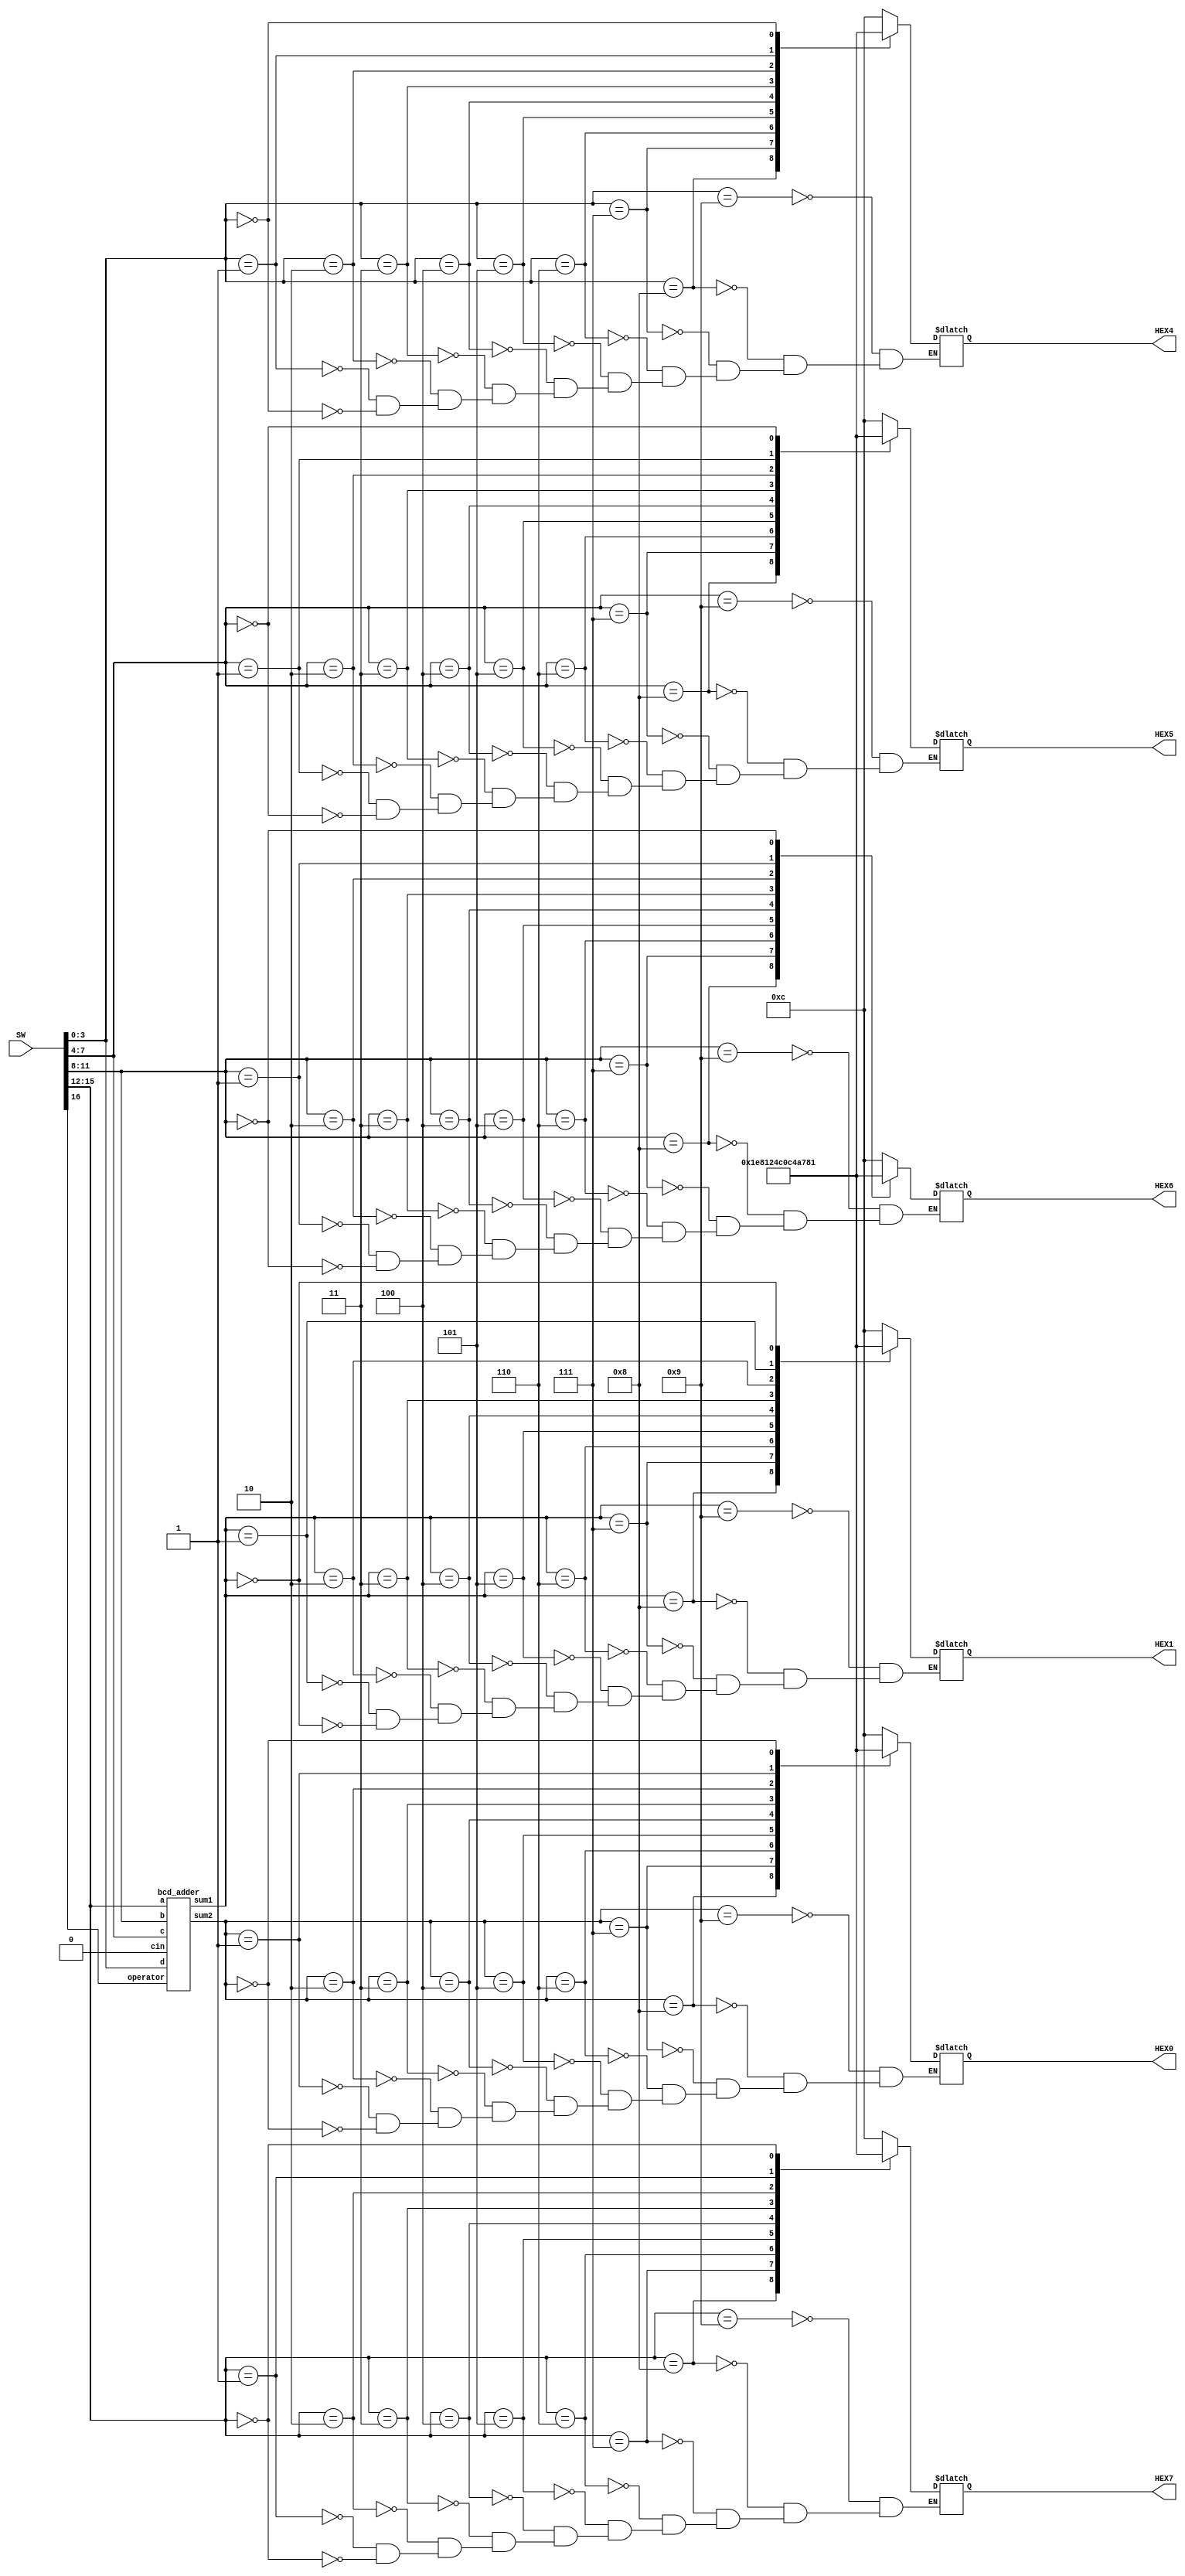
module midterm( input [16:0] SW, output reg [0:6] HEX0,HEX1,HEX4,HEX5,HEX6,HEX7 );
reg [3:0] bit3, bit4, bit5, bit6;
reg operator;
wire [3:0] bit1, bit2;
reg car_0, car_1, car_2;
parameter Seg9 = 7'b000_1100; parameter Seg8 = 7'b000_0000; parameter Seg7 = 7'b000_1111; parameter Seg6 = 7'b010_0000; parameter Seg5 = 7'b010_0100;
parameter Seg4 = 7'b100_1100; parameter Seg3 = 7'b000_0110; parameter Seg2 = 7'b001_0010; parameter Seg1 = 7'b100_1111; parameter Seg0 = 7'b000_0001;
	
bcd_adder bcdadd(operator,bit1, bit2, bit3, bit4, bit5, bit6, car_0); // Create Module bcdadd
	
always @(*)
begin
	operator = SW[16];
	bit3 = SW[15:12];
	bit4 = SW[11:8];
	bit5 = SW[7:4];
	bit6 = SW[3:0];
	car_0 = 1'b0;
end

always @(*)
begin
	case(SW[15:12])
		9:HEX7=Seg9;    8:HEX7=Seg8;	7:HEX7=Seg7;	6:HEX7=Seg6;
		5:HEX7=Seg5;	4:HEX7=Seg4;	3:HEX7=Seg3;	2:HEX7=Seg2;
		1:HEX7=Seg1;	0:HEX7=Seg0;    //default: HEX7 = 7'b1111111;
	endcase
	case(SW[11:8])
		9:HEX6=Seg9;    8:HEX6=Seg8;	7:HEX6=Seg7;	6:HEX6=Seg6;
		5:HEX6=Seg5;	4:HEX6=Seg4;	3:HEX6=Seg3;	2:HEX6=Seg2;
		1:HEX6=Seg1;	0:HEX6=Seg0;    //default: HEX6 = 7'b1111111;
	endcase
	case(SW[7:4])
		9:HEX5=Seg9;    8:HEX5=Seg8;	7:HEX5=Seg7;	6:HEX5=Seg6;
		5:HEX5=Seg5;	4:HEX5=Seg4;	3:HEX5=Seg3;	2:HEX5=Seg2;
		1:HEX5=Seg1;	0:HEX5=Seg0;  	//default: HEX5 = 7'b1111111;
	endcase
	case(SW[3:0])
		9:HEX4=Seg9;	8:HEX4=Seg8;	7:HEX4=Seg7;	6:HEX4=Seg6;
		5:HEX4=Seg5;	4:HEX4=Seg4;	3:HEX4=Seg3;	2:HEX4=Seg2;
		1:HEX4=Seg1;	0:HEX4=Seg0;	//default: HEX4 = 7'b1111111;
	endcase
	case(bit1)
		9:HEX1=Seg9;	8:HEX1=Seg8;	7:HEX1=Seg7;	6:HEX1=Seg6;
		5:HEX1=Seg5;	4:HEX1=Seg4;	3:HEX1=Seg3;	2:HEX1=Seg2;			
		1:HEX1=Seg1;	0:HEX1=Seg0;	//default: HEX1 = 7'b1111111;
	endcase
	case(bit2)
		9:HEX0=Seg9;	8:HEX0=Seg8;	7:HEX0=Seg7;	6:HEX0=Seg6;
		5:HEX0=Seg5;	4:HEX0=Seg4;	3:HEX0=Seg3;	2:HEX0=Seg2;			
		1:HEX0=Seg1;	0:HEX0=Seg0;	//default: HEX0 = 7'b1111111;
	endcase
end
endmodule

module bcd_adder(operator, sum1, sum2, a, b, c, d, cin);

output [3:0] sum1,sum2;
//output overflow;
input operator;
input [3:0] a, b, c, d;
input cin;

reg [4:0] temp1,temp2;
reg [3:0] sum1, sum2;
reg car1,car2;


always@(*)
if(operator==0)begin
	temp2 = b + d + cin;
		if(temp2 > 9) begin
			temp2 = temp2 + 6;
			car2 = 1;
		end
		else begin
			car2 = 0;
		end
		sum2= temp2[3:0];
		///////////////
		
		temp1 = a + c + car2;
		if(temp1>9) begin
			temp1 = temp1 + 6;
			car1 = 1;
		end
		else begin
			car1 = 0;
		end
		sum1 = temp1[3:0];
end
else if(operator==1)begin
	temp2 = b + (~d) + 1 + cin; // complement of 2
		if(temp2>9 && temp2 <= 15) begin
			temp2 = temp2 + 6;
			car2 = 1;
		end
		else if(temp2 > 15) begin
			car2 = 1;
		end
		else if(temp2< 0) begin
			temp2 = temp2 + 10;
			car2 = -1;
		end
		else begin
			car2=0;
		end
		
		sum2= temp2[3:0];
		///////////////
		temp1 = a + (~c) + car2;
		if(temp1>9 && temp1 <= 15) begin
			temp1 = temp1 + 6;
			car1 = 1;
		end
		else if(temp1 > 15) begin
			temp1 = temp1 + 1;
			car1=1;
		end
		else begin
			car1 = 0;
		end
		sum1 = temp1[3:0];
end
endmodule